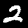
Label: 2